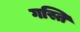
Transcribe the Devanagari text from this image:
गस्ति